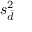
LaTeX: s _ { \bar { d } } ^ { 2 }